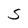
Character: S